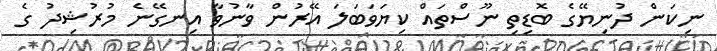
ނިކަން ދުނިޔޭގެ ބޮޑިތި ނޫސްތައް ކިޔަވަބަލަ އޭރުން ވާނުވާ އިނގޭނެ މުރުޝިދު ގެ